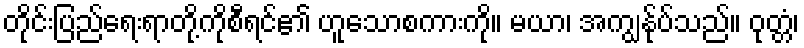
တိုင်းပြည်ရေးရာတို့ကိုစီရင်၏ ဟူသောစကားကို။ မယာ၊ အကျွန်ုပ်သည်။ ဝုတ္တံ၊